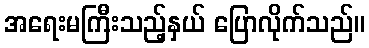
အရေးမကြီးသည့်နှယ် ပြောလိုက်သည်။